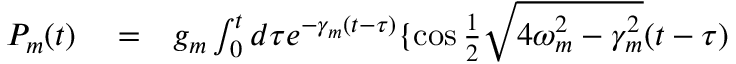
\begin{array} { r l r } { P _ { m } ( t ) } & { { } = } & { g _ { m } \int _ { 0 } ^ { t } d \tau e ^ { - \gamma _ { m } ( t - \tau ) } \{ \cos \frac { 1 } { 2 } \sqrt { 4 \omega _ { m } ^ { 2 } - \gamma _ { m } ^ { 2 } } ( t - \tau ) } \end{array}